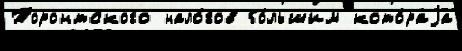
Торонтского нало́гов бо́льшим кото́раjа